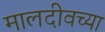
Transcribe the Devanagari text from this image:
मालदीवच्या